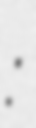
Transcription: :